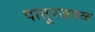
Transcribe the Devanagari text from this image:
पातूरजवळ